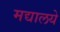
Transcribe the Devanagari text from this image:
मद्यालये